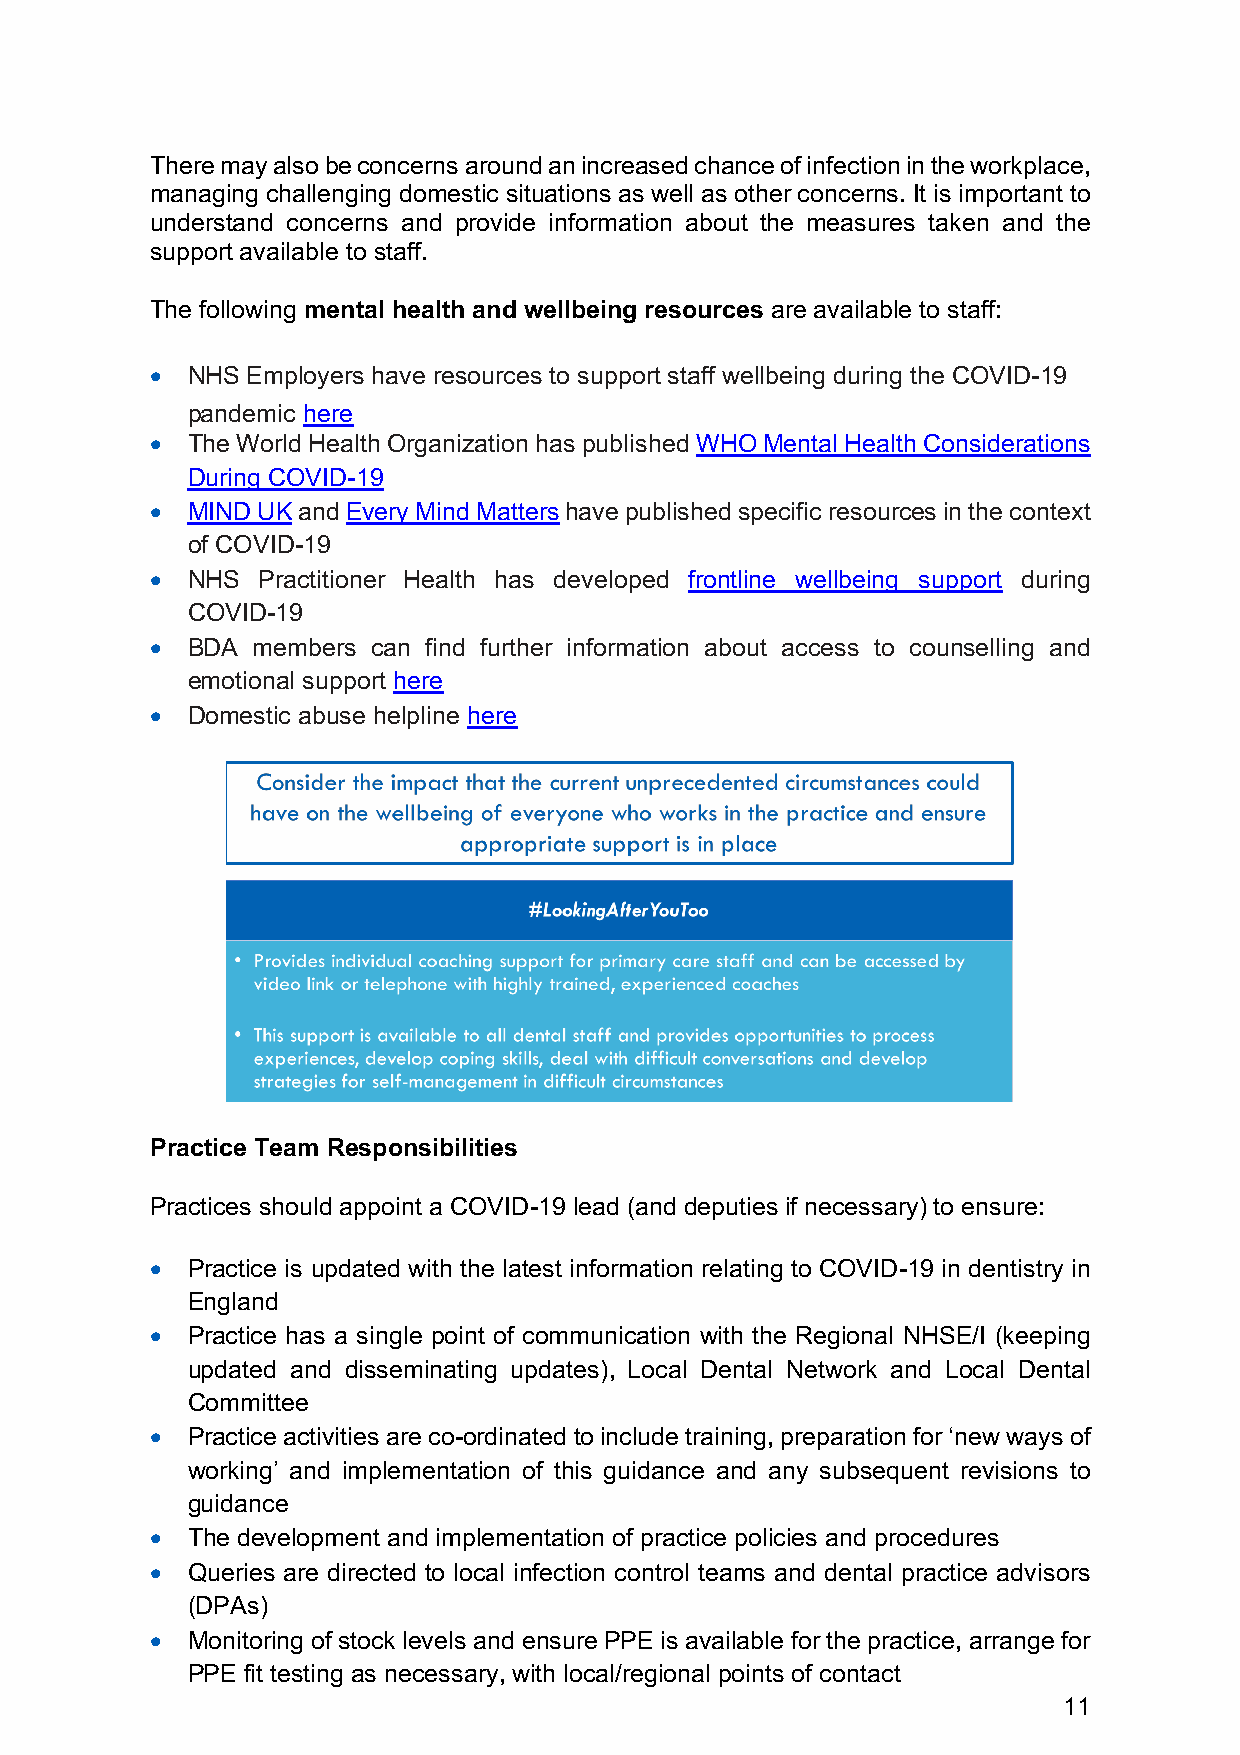
There may also be concerns around an increased chance of infection in the workplace,
 managing challenging domestic situations as well as other concerns. It is important to
 understand concerns and provide information about the measures taken and the
 support available to staff.
 The following mental health and wellbeing resources are available to staff:
 • NHS Employers have resources to support staff wellbeing during the COVID-19
 pandemic here
 • The World Health Organization has published WHO Mental Health Considerations
 During COVID-19
 • MIND UK and Every Mind Matters have published specific resources in the context
 of COVID-19
 • NHS  Practitioner Health has developed frontline wellbeing support during
 COVID-19
 • BDA  members can find further information about access to counselling and
 emotional support here
 • Domestic abuse helpline here
 Practice Team Responsibilities
 Practices should appoint a COVID-19 lead (and deputies if necessary) to ensure:
 • Practice is updated with the latest information relating to COVID-19 in dentistry in
 England
 • Practice has a single point of communication with the Regional NHSE/I (keeping
 updated and disseminating updates), Local Dental Network and Local Dental
 Committee
 • Practice activities are co-ordinated to include training, preparation for ‘new ways of
 working’ and implementation of this guidance and any subsequent revisions to
 guidance
 • The development and implementation of practice policies and procedures
 • Queries are directed to local infection control teams and dental practice advisors
 (DPAs)
 • Monitoring of stock levels and ensure PPE is available for the practice, arrange for
 PPE fit testing as necessary, with local/regional points of contact
 11